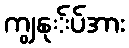
ကျွနု်ပ်အား